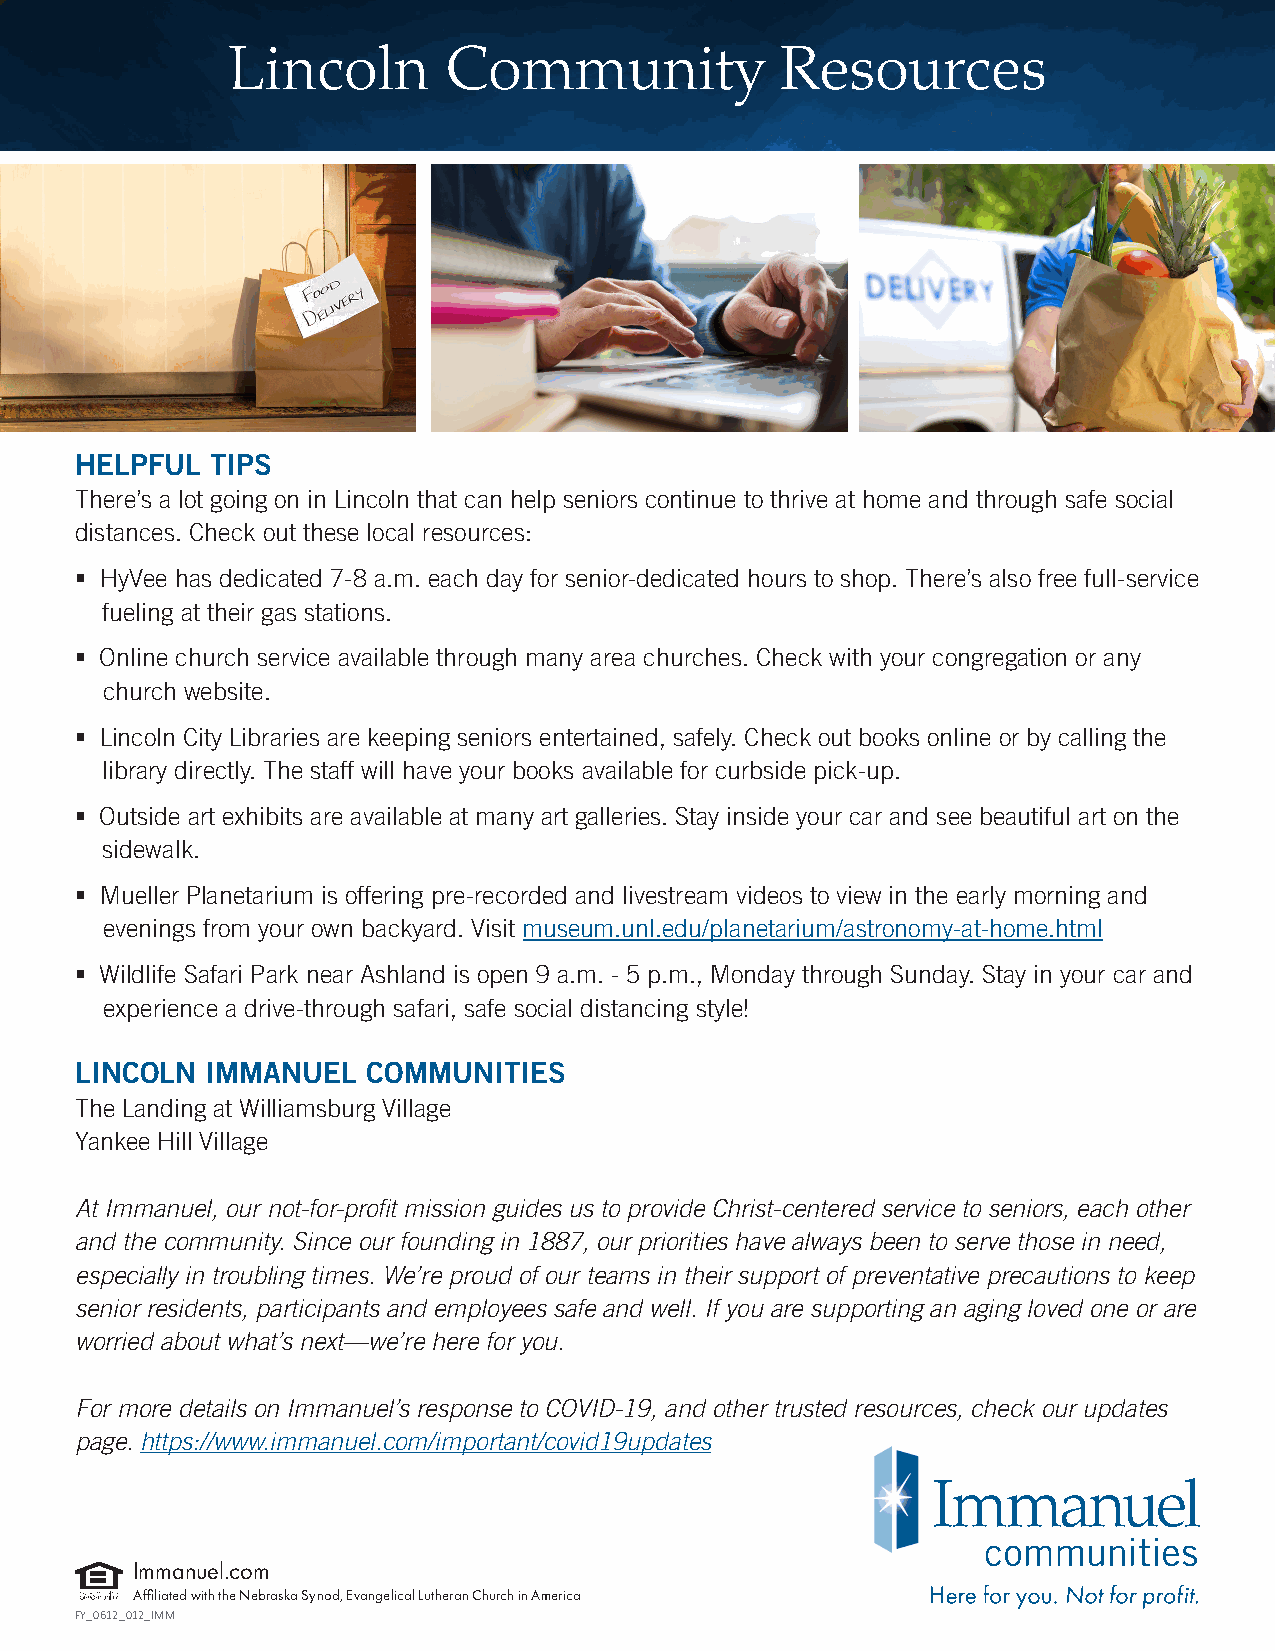
Lincoln       Community              Resources
 HELPFUL  TIPS
 There’s a lot going on in Lincoln that can help seniors continue to thrive at home and through safe social
 distances. Check out these local resources:
  HyVee has dedicated 7-8 a.m. each day for senior-dedicated hours to shop. There’s also free full-service
 fueling at their gas stations.
  Online church service available through many area churches. Check with your congregation or any
 church website.
  Lincoln City Libraries are keeping seniors entertained, safely. Check out books online or by calling the
 library directly. The staff will have your books available for curbside pick-up.
  Outside art exhibits are available at many art galleries. Stay inside your car and see beautiful art on the
 sidewalk.
  Mueller Planetarium is offering pre-recorded and livestream videos to view in the early morning and
 evenings from your own backyard. Visit museum.unl.edu/planetarium/astronomy-at-home.html
  Wildlife Safari Park near Ashland is open 9 a.m. - 5 p.m., Monday through Sunday. Stay in your car and
 experience a drive-through safari, safe social distancing style!
 LINCOLN  IMMANUEL  COMMUNITIES
 The Landing at Williamsburg Village
 Yankee Hill Village
 At Immanuel, our not-for-profit mission guides us to provide Christ-centered service to seniors, each other
 and the community. Since our founding in 1887, our priorities have always been to serve those in need,
 especially in troubling times. We’re proud of our teams in their support of preventative precautions to keep
 senior residents, participants and employees safe and well. If you are supporting an aging loved one or are
 worried about what’s next—we’re here for you.
 For more details on Immanuel’s response to COVID-19, and other trusted resources, check our updates
 page. https://www.immanuel.com/important/covid19updates
 Immanuel.com
 Affiliated with the Nebraska Synod, Evangelical Lutheran Church in America
 FY_0612_012_IMM